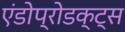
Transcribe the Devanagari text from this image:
एंडोप्रोडक्ट्स